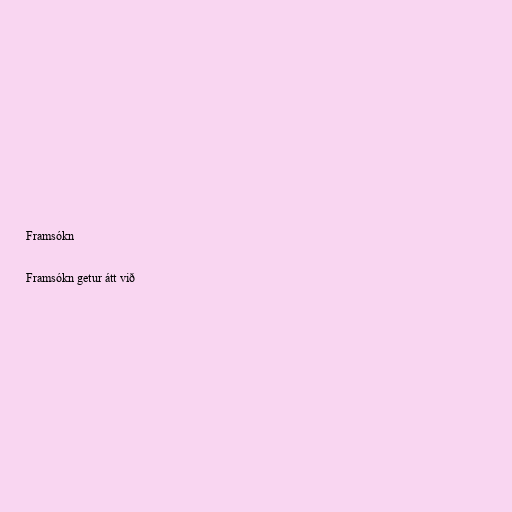
Framsókn

Framsókn getur átt við